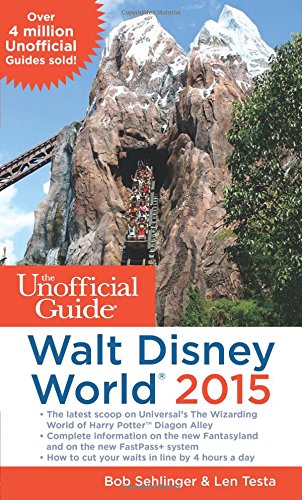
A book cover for The Unofficial Guide to Walt Disney World 2015; Bob Sehlinger; Parenting & Relationships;